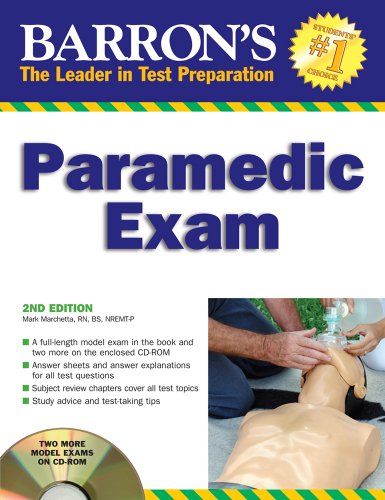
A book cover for Barron's Paramedic Exam: with CD-ROM (Barron's How to Prepare for the Emt Paramedic Exam); Mark Marchetta; Test Preparation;